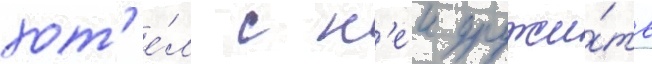
хот'е́л с н'еи дружи́ть